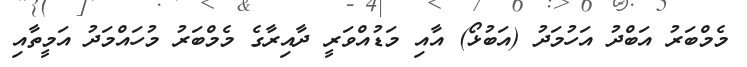
މެމްބަރު އަބްދު އަހުމަދު (އަބުޅޯ) އާއި މަޑުއްވަރީ ދާއިރާގެ މެމްބަރު މުހައްމަދު އަމީތާއި